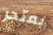
بمتجر